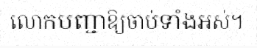
លោកបញ្ជាឱ្យចាប់ទាំងអស់។